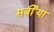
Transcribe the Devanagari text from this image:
सर्बीया